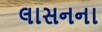
લાસનના